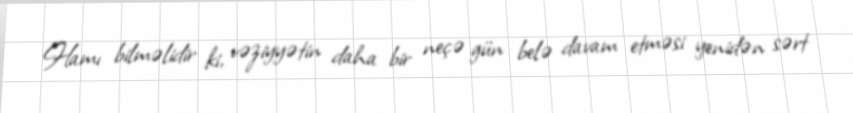
Hamı bilməlidir ki, vəziyyətin daha bir neçə gün belə davam etməsi yenidən sərt